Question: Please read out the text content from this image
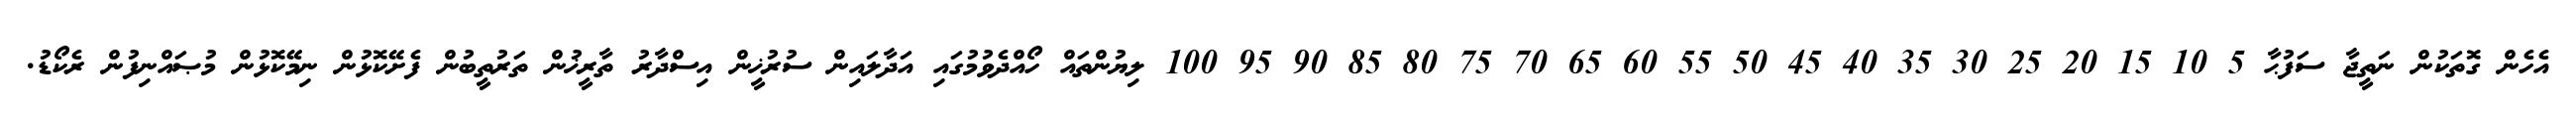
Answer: އެހެން ގޮތަކުން ނަތީޖާ ސަފުޙާ 5 10 15 20 25 30 35 40 45 50 55 60 65 70 75 80 85 90 95 100 ލިޔުންތައް ހޯއްދެވުމުގައި އަދާލައިން ސުރުޚީން އިސްދާރު ތާރީޚުން ތަރުތީބުން ފެށޭކޮޅުން ނިމޭކޮޅުން މުޞައްނިފުން ރެކޯޑު.